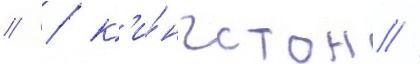
// / к'и́нгстон /